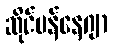
ဆိုင်မန်နေဂျာ